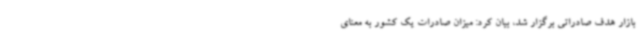
بازار هدف صادراتی برگزار شد، بیان کرد: میزان صادرات یک کشور به معنای